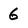
Character: 6